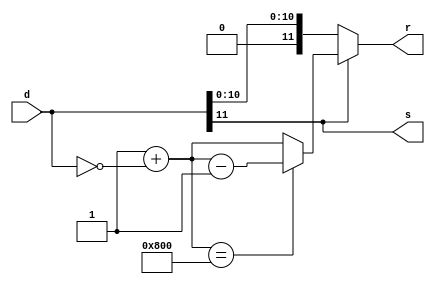
`timescale 1ns / 1ps
//////////////////////////////////////////////////////////////////////////////////
// Company: 
// Engineer: 
// 
// Design Name: 
// Module Name:    convert2sign 
// Project Name: 
// Target Devices: 
// Tool versions: 
// Description: 
//
// Dependencies: 
//
// Revision: 
// Revision 0.01 - File Created
// Additional Comments: 
//
//////////////////////////////////////////////////////////////////////////////////
module convert2sign(input [11:0] d, output [0:0] s, output [11:0] r);
	 
	 reg [11:0] r_hold;
	 assign s = d[11];
	 
	 
	 always @(*)
		if (s == 1'b0)
			begin
				r_hold = d;
			end
		else 
			begin
				r_hold = 1'b1 + ~d;
				if (r_hold == 12'b100000000000)
					begin
						r_hold = r_hold - 1'b1;
					end
			end
		
		assign r = r_hold;

endmodule